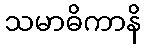
သမာဓိကာနိ